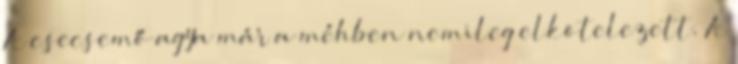
A csecsemő agya már a méhben nemileg elkötelezett. A